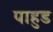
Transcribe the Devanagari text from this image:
पाहुड